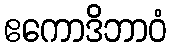
ဧကောဒိဘာဝံ